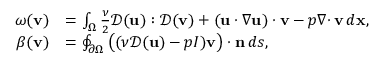
\begin{array} { r l } { \omega ( { \mathbf v } ) } & { = \int _ { \Omega } \frac { \nu } { 2 } { \mathcal { D } } ( { \mathbf u } ) : { \mathcal { D } } ( { \mathbf v } ) + ( { \mathbf u } \cdot \nabla { \mathbf u } ) \cdot { \mathbf v } - p { { \nabla \cdot } \, } { \mathbf v } \, d { \mathbf x } , } \\ { \beta ( { \mathbf v } ) } & { = \oint _ { { \partial \Omega } } \big ( ( \nu { \mathcal { D } } ( { \mathbf u } ) - p I ) { \mathbf v } \big ) \cdot { \mathbf n } \, d s , } \end{array}